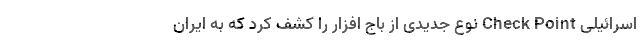
اسرائیلی Check Point نوع جدیدی از باج افزار را کشف کرد که به ایران